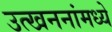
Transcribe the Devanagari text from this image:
उत्खननांमध्ये